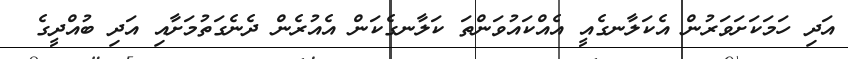
އަދި ހަމަކަށަވަރުން އެކަލާނގެއީ އެއްކައުވަންތަ ކަލާނގެކަން އެއުރެން ދެނެގަތުމަށާއި އަދި ބުއްދީގެ